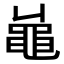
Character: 𪓓